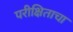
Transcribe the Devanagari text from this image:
परीक्षिताचा